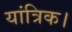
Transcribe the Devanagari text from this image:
यांत्रिक।